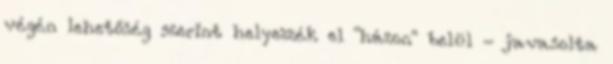
végén lehetőség szerint helyezzék el "házon" belül - javasolta